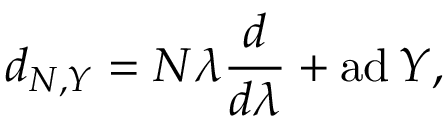
d _ { N , Y } = N \lambda { \frac { d } { d \lambda } } + \mathrm { a d \, } Y ,